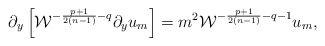
\begin{align*}\partial_y\left[{\cal W}^{-{{p+1}\over{2(n-1)}}-q}\partial_yu_m\right]=m^2{\cal W}^{-{{p+1}\over{2(n-1)}}-q-1}u_m,\end{align*}